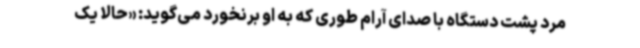
مرد پشت دستگاه با صدای آرام طوری که به او برنخورد می‌گوید: «حالا یک